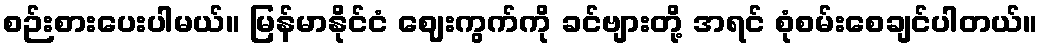
စဉ်းစားပေးပါမယ်။ မြန်မာနိုင်ငံ ဈေးကွက်ကို ခင်ဗျားတို့ အရင် စုံစမ်းစေချင်ပါတယ်။